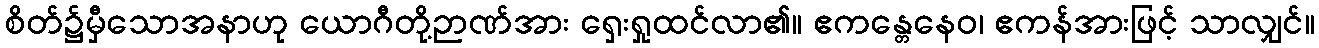
စိတ်၌မှီသောအနာဟု ယောဂီတို့ဉာဏ်အား ရှေးရှုထင်လာ၏။ ဧကန္တေနေဝ၊ ဧကန်အားဖြင့် သာလျှင်။